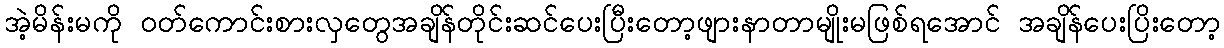
အဲ့မိန်းမကို ဝတ်ကောင်းစားလှတွေအချိန်တိုင်းဆင်ပေးပြီးတော့ဖျားနာတာမျိုးမဖြစ်ရအောင် အချိန်ပေးပြိးတော့